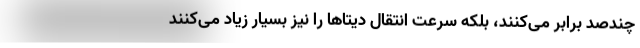
چندصد برابر می‌کنند، بلکه سرعت انتقال دیتاها را نیز بسیار زیاد می‌کنند